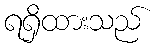
ရရှိထားသည်